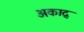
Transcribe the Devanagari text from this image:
अकाद्